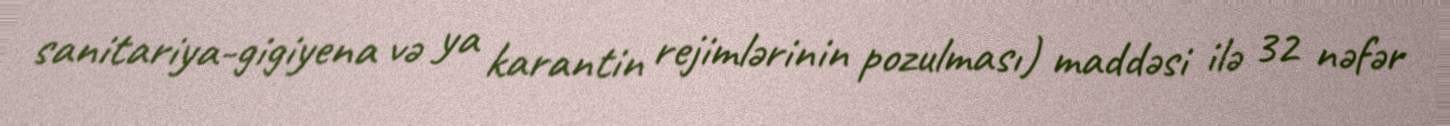
sanitariya-gigiyena və ya karantin rejimlərinin pozulması) maddəsi ilə 32 nəfər